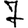
Digit: 7